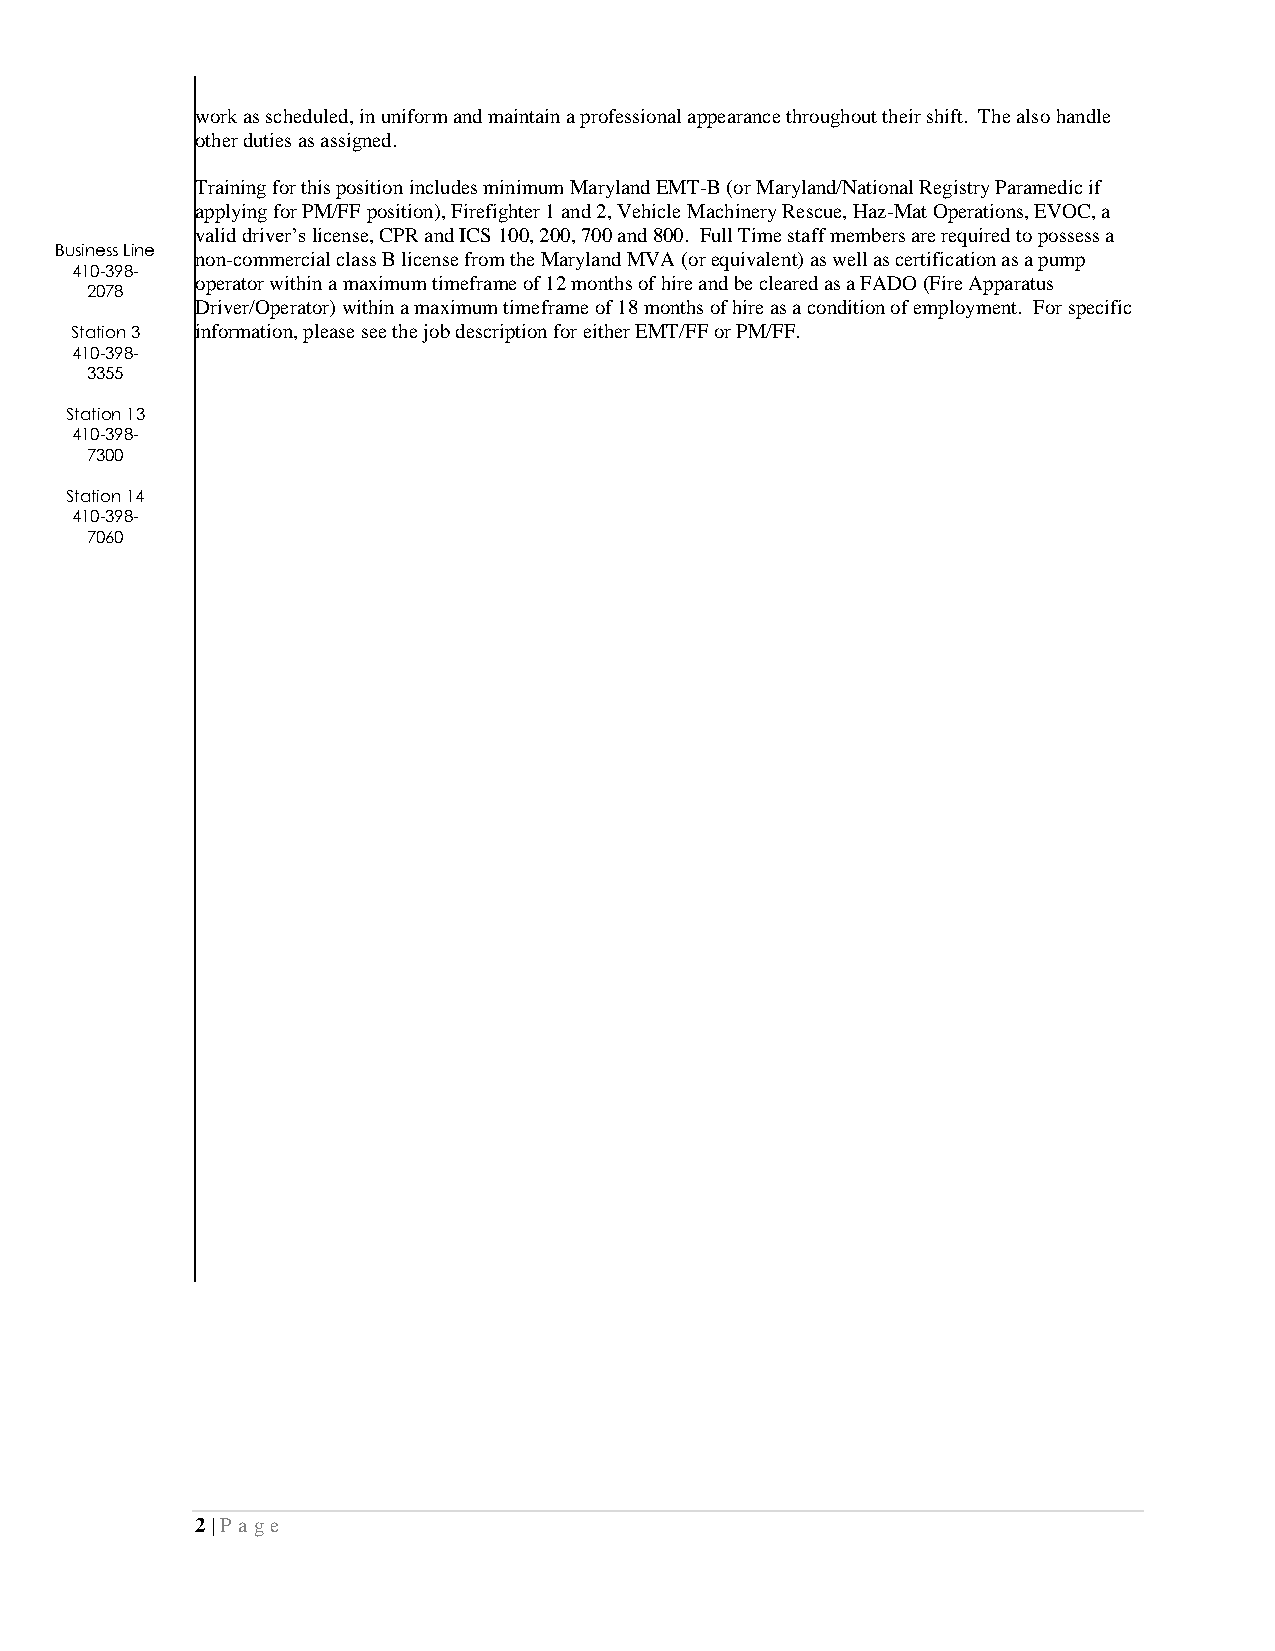
work as scheduled, in uniform and maintain a professional appearance throughout their shift. The also handle
 other duties as assigned.
 Training for this position includes minimum Maryland EMT-B (or Maryland/National Registry Paramedic if
 applying for PM/FF position), Firefighter 1 and 2, Vehicle Machinery Rescue, Haz-Mat Operations, EVOC, a
 valid driver’s license, CPR and ICS 100, 200, 700 and 800. Full Time staff members are required to possess a
 Business Line
 non-commercial class B license from the Maryland MVA (or equivalent) as well as certification as a pump
 410-398-
 operator within a maximum timeframe of 12 months of hire and be cleared as a FADO (Fire Apparatus
 2078
 Driver/Operator) within a maximum timeframe of 18 months of hire as a condition of employment. For specific
 Station 3 information, please see the job description for either EMT/FF or PM/FF.
 410-398-
 3355
 Station 13
 410-398-
 7300
 Station 14
 410-398-
 7060
 2 | P a ge